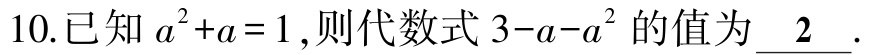
10.已知 \(a^{2}+a = 1\)，则代数式 \(3 - a - a^{2}\) 的值为 \(\underline{2}\).